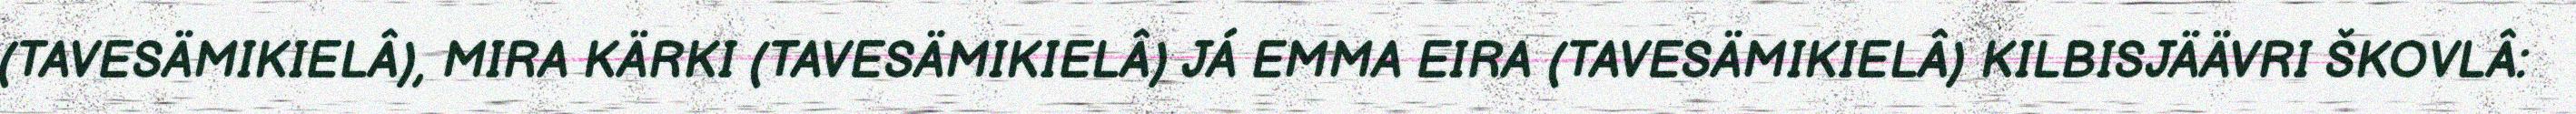
(TAVESÄMIKIELÂ), MIRA KÄRKI (TAVESÄMIKIELÂ) JÁ EMMA EIRA (TAVESÄMIKIELÂ) KILBISJÄÄVRI ŠKOVLÂ: